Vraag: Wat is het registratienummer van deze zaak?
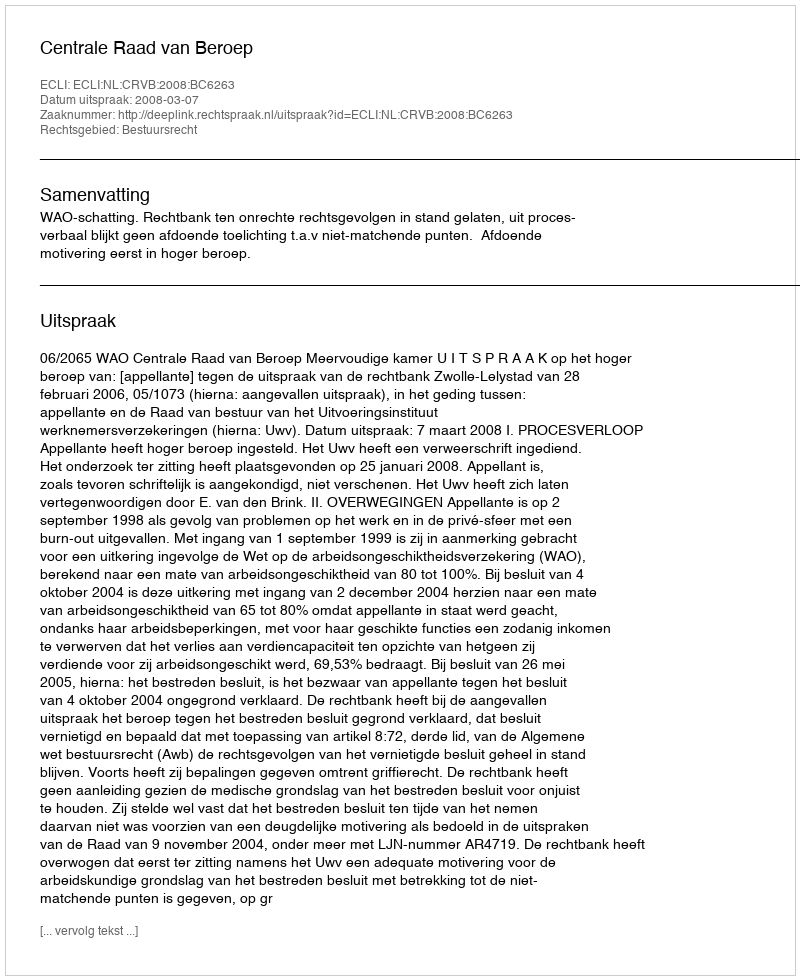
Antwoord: http://deeplink.rechtspraak.nl/uitspraak?id=ECLI:NL:CRVB:2008:BC6263